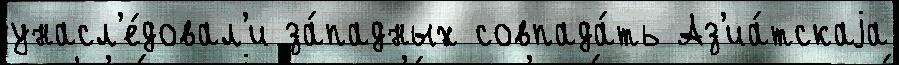
унасл'е́довал'и за́падных совпада́ть Аз'иа́тскаjа